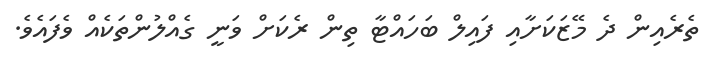
ތެރެއިން ދެ މޭޒަކަށާއި ފައިލް ބަހައްޓާ ތިން ރެކަށް ވަނީ ގެއްލުންތަކެއް ވެފައެވެ.